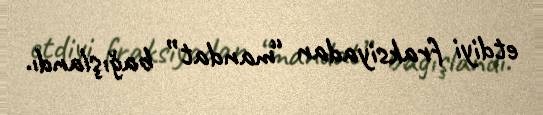
etdiyi fraksiyadan “mandat” bağışlandı.